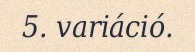
5. variáció.